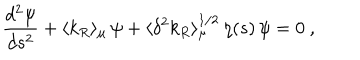
{ \frac { d ^ { 2 } \psi } { d s ^ { 2 } } } + \langle k _ { R } \rangle _ { \mu } \, \psi + \langle \delta ^ { 2 } k _ { R } \rangle _ { \mu } ^ { 1 / 2 } \, \eta ( s ) \, \psi = 0 ~ ,